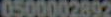
0500002892